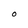
Character: O